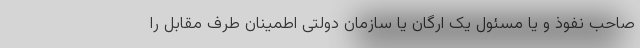
صاحب نفوذ و یا مسئول یک ارگان یا سازمان دولتی اطمینان طرف مقابل را